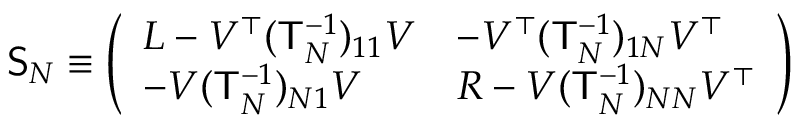
\mathsf { S } _ { N } \equiv \left( \begin{array} { l l } { L - V ^ { \top } ( \mathsf { T } _ { N } ^ { - 1 } ) _ { 1 1 } V } & { - V ^ { \top } ( \mathsf { T } _ { N } ^ { - 1 } ) _ { 1 N } V ^ { \top } } \\ { - V ( \mathsf { T } _ { N } ^ { - 1 } ) _ { N 1 } V } & { R - V ( \mathsf { T } _ { N } ^ { - 1 } ) _ { N N } V ^ { \top } } \end{array} \right)